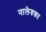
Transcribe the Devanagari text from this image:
नालेवका